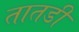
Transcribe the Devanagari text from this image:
तातडी